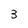
Character: 3